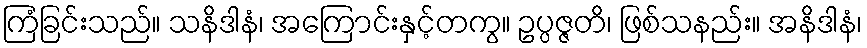
ကြံခြင်းသည်။ သနိဒါနံ၊ အကြောင်းနှင့်တကွ။ ဥပ္ပဇ္ဇတိ၊ ဖြစ်သနည်း။ အနိဒါနံ၊